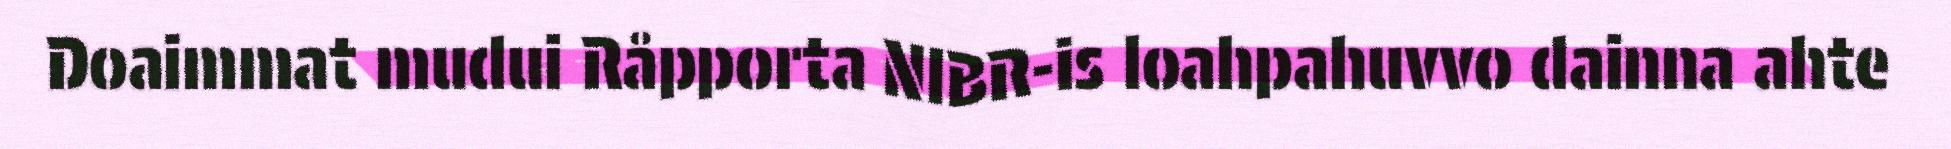
Doaimmat mudui Råpporta NIBR-is loahpahuvvo dainna ahte